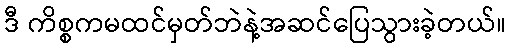
ဒီ ကိစ္စကမထင်မှတ်ဘဲနဲ့အဆင်ပြေသွားခဲ့တယ်။